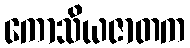
ကောသိယဇာတက